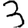
Digit: 3